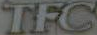
TFC